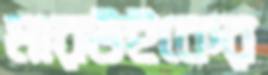
মারউইকের